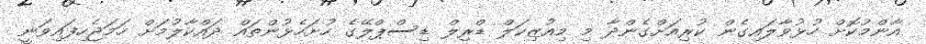
އާންމުކޮށް ހުޅުވާލައިގެން ކުރިއަށްގެންދާ މި މިއުޒިކަލް ޑްރިލް ޑިސްޕްލޭގެ ހުށަހެޅުންތައް ދައްކާލުމަށް ހަމަޖެހިފައިވަނީ